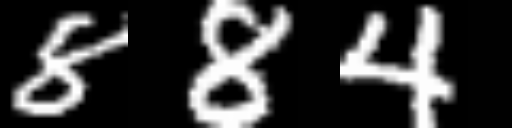
Text: 884